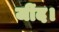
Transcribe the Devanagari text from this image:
जींद।